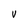
Character: v